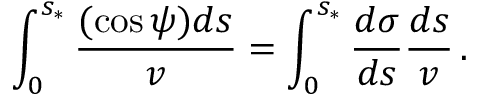
\int _ { 0 } ^ { s _ { * } } \frac { ( \cos \psi ) d s } { v } = \int _ { 0 } ^ { s _ { * } } \frac { d \sigma } { d s } \frac { d s } { v } \, .